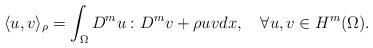
LaTeX: \begin{align*}\langle u,v\rangle_{\rho}=\int_\Omega D^mu:D^mv+\rho u v dx,\ \ \ \mathcal8 u,v\in H^m(\Omega).\end{align*}